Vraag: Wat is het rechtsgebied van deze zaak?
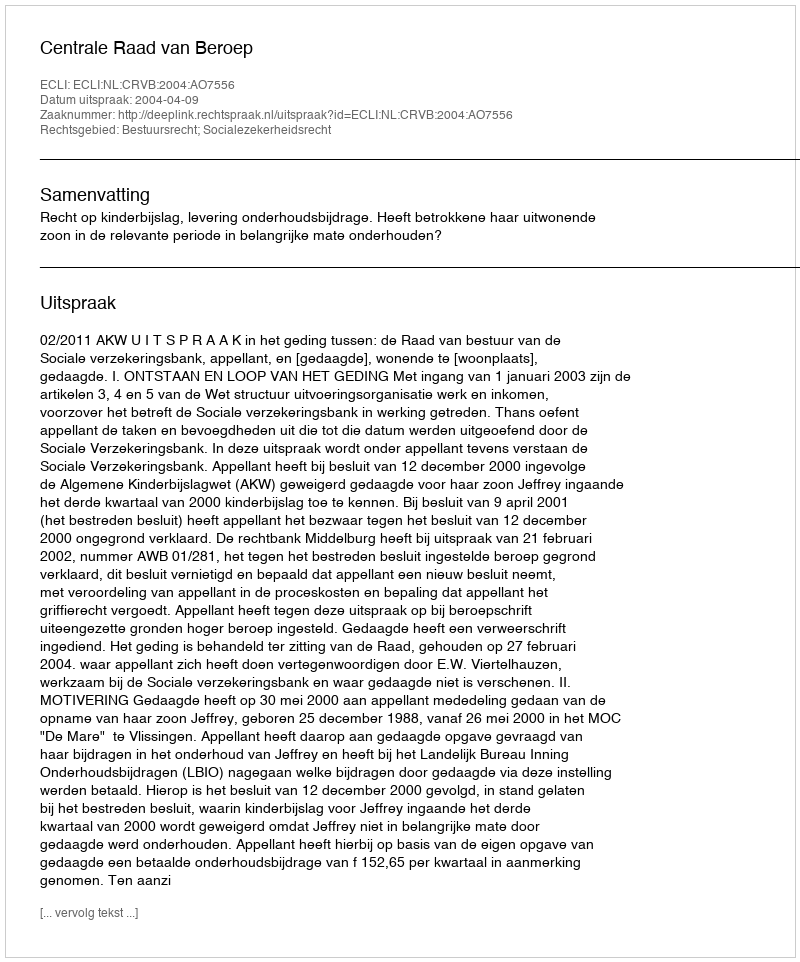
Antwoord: Bestuursrecht; Socialezekerheidsrecht